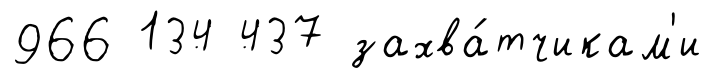
966 134 437 захва́тчикам'и